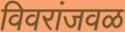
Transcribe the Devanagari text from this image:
विवरांजवळ